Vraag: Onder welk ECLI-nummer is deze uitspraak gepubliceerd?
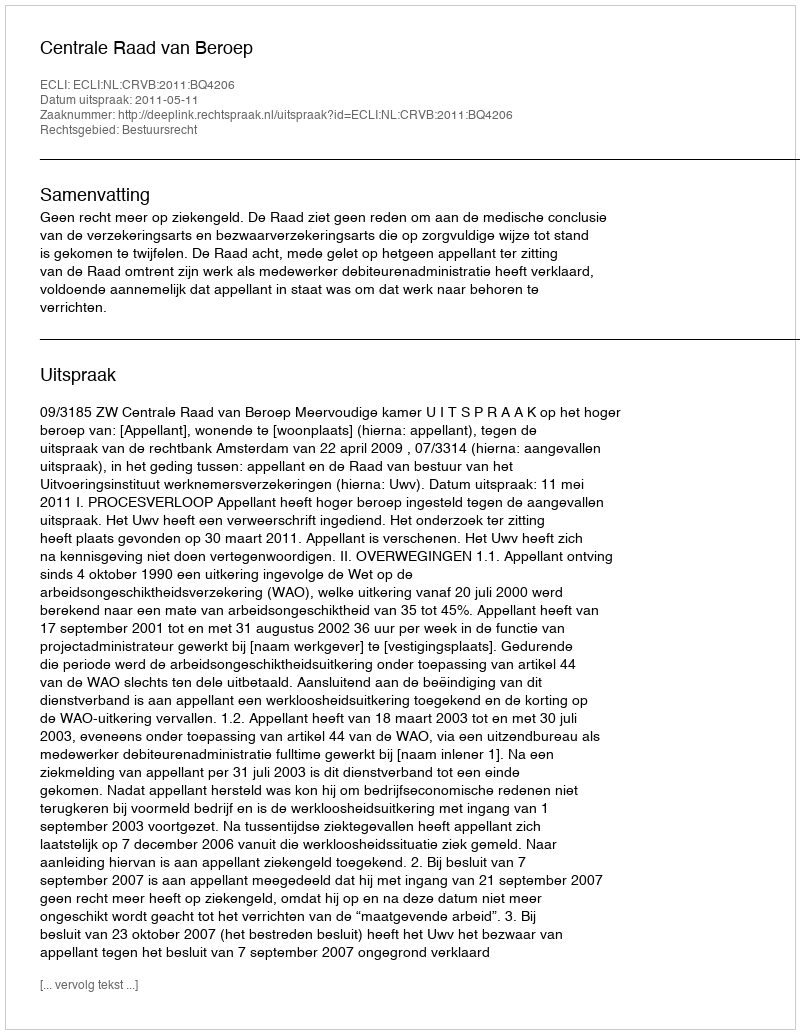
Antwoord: ECLI:NL:CRVB:2011:BQ4206